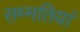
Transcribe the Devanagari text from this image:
सम्मतियां